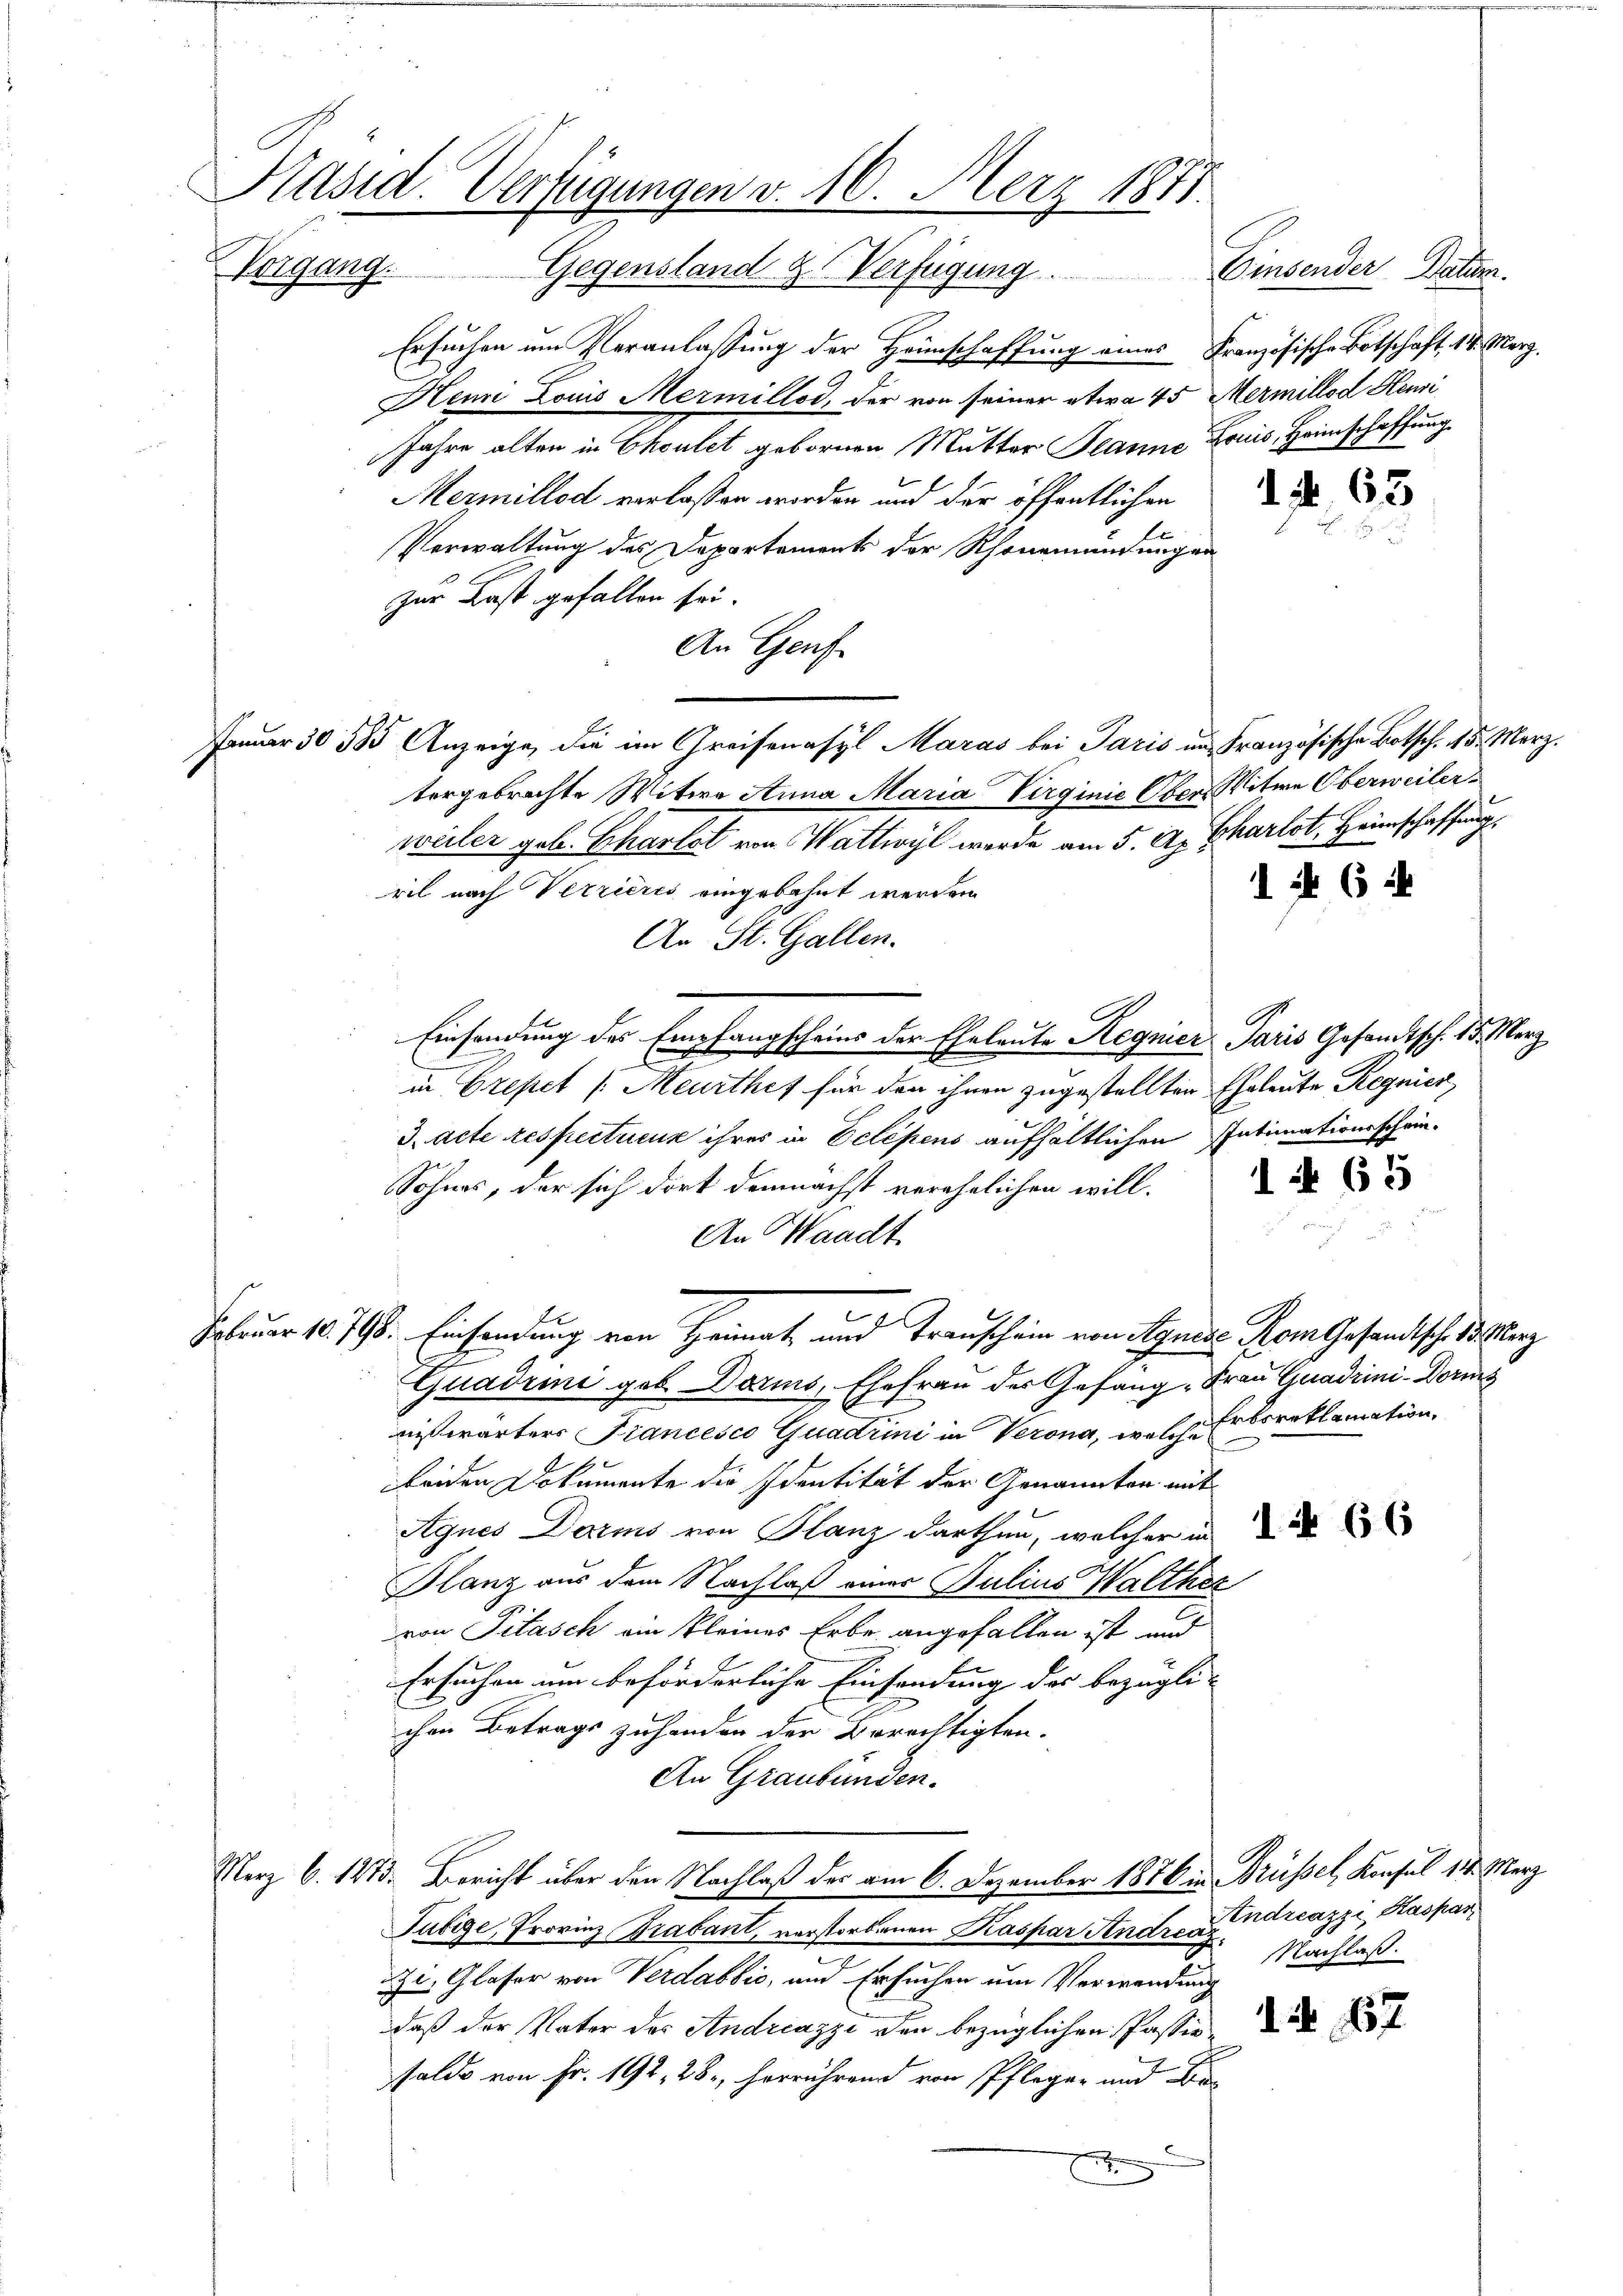
Präsid. Verfügungen v. 10. Merz 1871.
WVorgang. Gegensland & Verfügung. Einsender Datum.

Ersuchen um Veranlassung der Heimschaffung eines Französische Botschaft, 14. März,
Henri Louis Mermillod, der von seiner etwa 45 Mermillod Heusi
Jahre alten in Choulet gebornen Mutter Planne Druis, Heimschaffung
1. f. 63
Mermillod verlassen worden und der öffentlichen
Verwaltung des Daportements der Rheumundungen
zur Last gefallen sei.
An Genf
Jamar 30 585 Anzeige, die im Greifenasyl Maras bei Paris in Französische Botsch. 15. März.
tergebrachte Witwe Anna Maria Virginie Ober Witwe Oberweiler
weiler geb. Charlot von Wattwyl werde am 5. A. Charlot, Heimschaffung
ril nach Verrieres eingebahnt werden.
An St. Gallen.
Einsendung des Empfangscheins der Eheleute Aegnier Paris Gesandtsch. 15. Merz
in Grepet (Meurthef für den ihnen zugestellten Eheleute Regnier,
J. acte respectueux ihres in Eclipens aufhaltlichen Intimationsschein-
1 § 65
Sohnes, der sich dort demnächst verehelichen will.
An Waadt.
Februar 10. 798. Einsendung von Heimat und Transchein von Agnes Rom Gesandtsch 15 Merz
Quadrini geb. Darins, Ehefrau des Gefang, Frau Quadrini-Dorms
niswärters Francesco Quadrini in Verona, welche Erboreklamation.
beiden Dokumente die Identität der Genannten mit
Agnes Darms von Glanz darthan, welcher in
Glanz aus dem Nachlaß einer Julius Walthez
von Pilasch ein kleines Erbe angefallen ist und
Ersuchen um beförderliche Einsendung der bezügli- |
chen Betrags zuhanden der Berechtigten.
An Graubünden.
Merz 6. 1273. Bericht über den Nachlaß der am 6. Dezember 1876 in Trüssel, Konsul 14. Merz
Tubige, Provinz Brabant, verstorbenen Kaspar Andren andreazzi, Kaspar
Nachlaß.
Zi, Glaser von Verdabbio, und Ersuchen um Verwendung
daß der Vater der Andreazzi den bezüglichen Passie
saldo von Fr. 192, 28, herrührend von Pfleger und Be
E

14 (6 i